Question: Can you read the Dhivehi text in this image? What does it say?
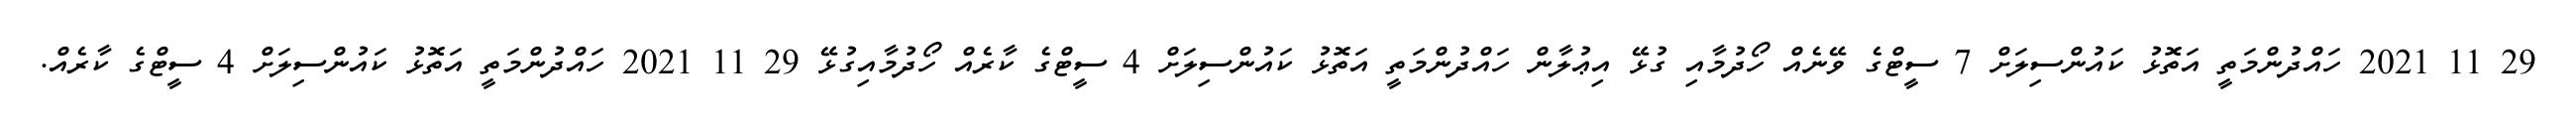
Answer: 29 11 2021 ހައްދުންމަތީ އަތޮޅު ކައުންސިލަށް 7 ސީޓްގެ ވޭނެއް ހޯދުމާއި ގުޅޭ އިޢުލާން ހައްދުންމަތީ އަތޮޅު ކައުންސިލަށް 4 ސީޓްގެ ކާރެއް ހޯދުމާއިގުޅޭ 29 11 2021 ހައްދުންމަތީ އަތޮޅު ކައުންސިލަށް 4 ސީޓްގެ ކާރެއް.